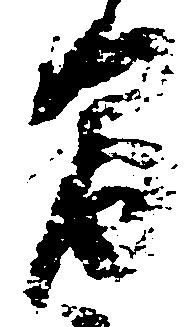
間